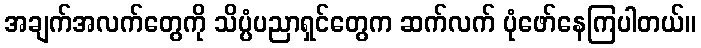
အချက်အလက်တွေကို သိပ္ပံပညာရှင်တွေက ဆက်လက် ပုံဖော်နေကြပါတယ်။